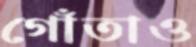
গোঁতাও